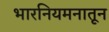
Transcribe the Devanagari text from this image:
भारनियमनातून